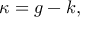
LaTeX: \kappa = g - k ,